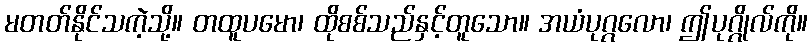
မတတ်နိုင်သကဲ့သို့။ တထူပမော၊ ထိုစစ်သည်နှင့်တူသော။ အယံပုဂ္ဂလော၊ ဤပုဂ္ဂိုလ်ကို။